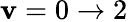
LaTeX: \mathbf{v}=0\to2